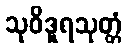
သုဝိဒူရသုတ္တံ